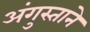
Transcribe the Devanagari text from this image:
अंगुस्ताने